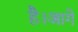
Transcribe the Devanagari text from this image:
है।आगे